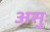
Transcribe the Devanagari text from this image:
असुः